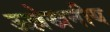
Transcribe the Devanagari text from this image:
ऊल्लेखनीय